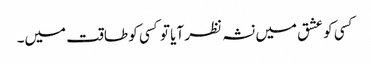
کسی کو عشق میں نشہ نظر آیا تو کسی کو طاقت میں۔